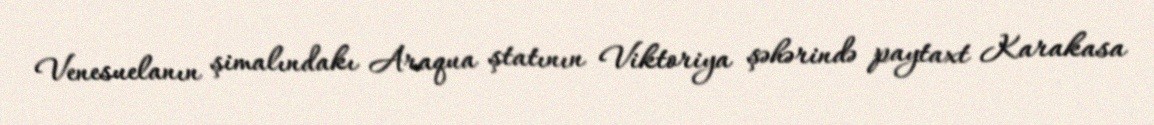
Venesuelanın şimalındakı Araqua ştatının Viktoriya şəhərində paytaxt Karakasa